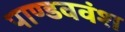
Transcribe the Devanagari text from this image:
पाण्डववंश